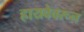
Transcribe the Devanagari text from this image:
हायवेवरून